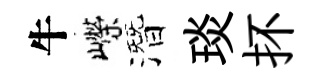
牛嶸潛琰抔